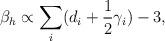
LaTeX: \begin{align*}\beta_h\propto \sum_i(d_i+\frac{1}{2}\gamma_i)-3, \end{align*}